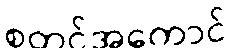
စတင်အကောင်